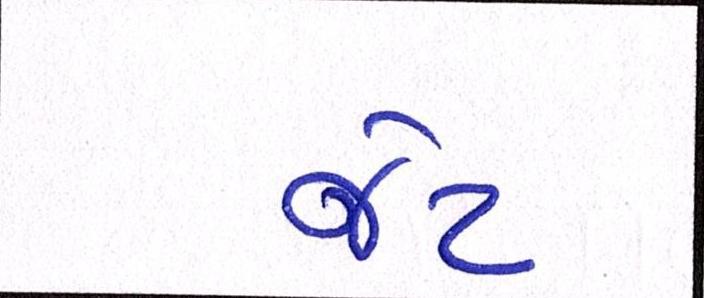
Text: જેટ